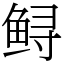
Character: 鲟